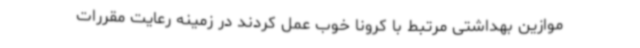
موازین بهداشتی مرتبط با کرونا خوب عمل کردند در زمینه رعایت مقررات